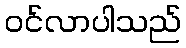
ဝင်လာပါသည်